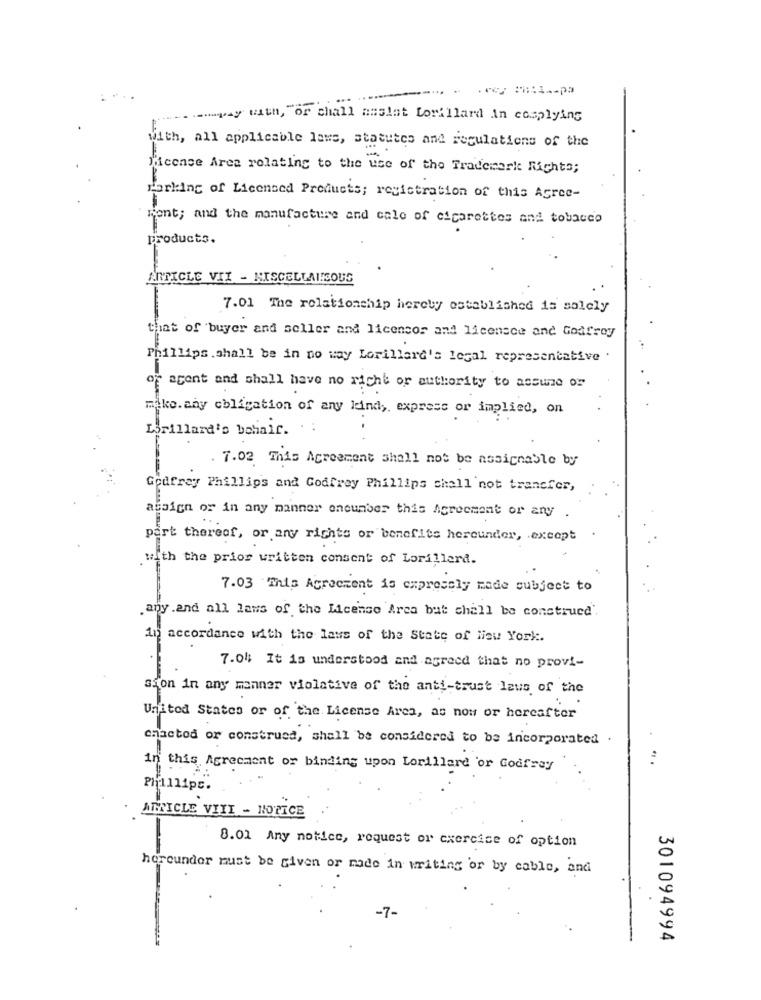
suagay with, or chall amsiat Lorillard in cosplying
With, all applicable laws, statutes and regulations of the
ficence Area relating to the use of the Trademark Richte;
porking of Licensed Products; registration of this Agree-
rent; and the manufacture and sale of cigarettes and tobacco
products.
ARTICLE VII - HISCELLAI!SOUS
7.01 The relationship hereby established is solely
that of buyer and seller and licensor and licensee and Godfrey
Phillips .shall be in no way Lorillard's legal representative
of agent and shall have no richt or authority to assure or
miko. any obligation of any kind ,, express or implied, on
Drillard's bohair.
. 7.02. This Agreement shall not be assignable by
Godfrey Phillips and Godfrey Phillips shall not transfer,
assign or in any manner encumber this Agreement or any
...
part thereof, or any rights or benefits hereunder, except
with the prior written consent of Lorillard.
7.03 This Agreement is expressly made subject to
.any .and all laws of the License Arca but chall be construed'.
in accordance with the laws of the State of New York.
7.04 It is understood and agreed that no provi-
sion in any manner violative of the anti-trust laws of the
United States or of the License Area, as now or hereafter
chactod or construed, shall be considered to be incorporated .
in this Agreement or binding upon Lorillard 'or Godfrey
Phillips.
ARTICLE VIII - NOTICE
8.01 Any notice, request or exercice of option
hereunder must be given or made in writing or by cable, and
-7-
301094994